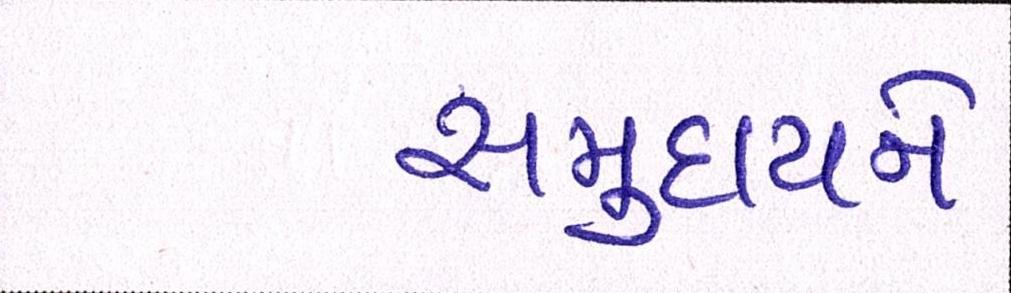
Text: સમુદાયને